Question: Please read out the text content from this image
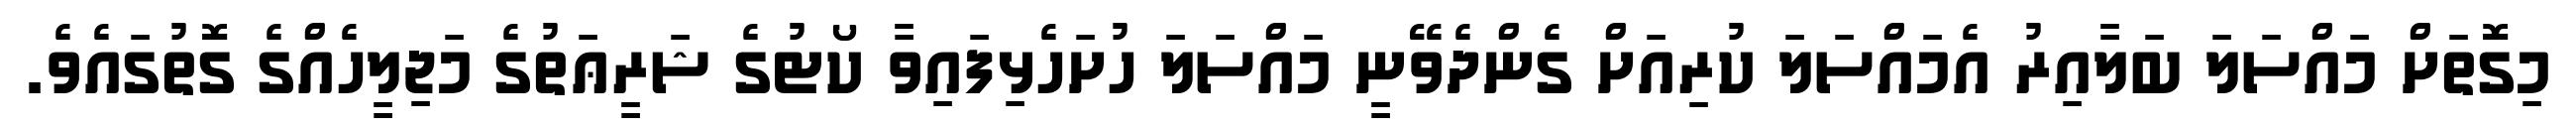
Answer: މިގޮތަށް މައްސަލަ ބަލާއިރު އެމައްސަލަ ކުރިއަށް ގެންދެވޭނީ މައްސަލަ ހުށަހެޅިފައިވާ ކޯޓުގެ ޝަރީޢަތުގެ މަޖިލީހެއްގެ ގޮތުގައެވެ.